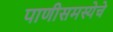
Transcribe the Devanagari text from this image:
पाणीसमस्येचे